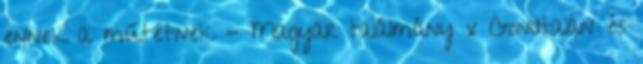
ennek a műtétnek - Magyar találmány x Gondtalan és